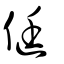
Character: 侹